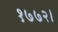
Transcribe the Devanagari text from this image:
१७७२।